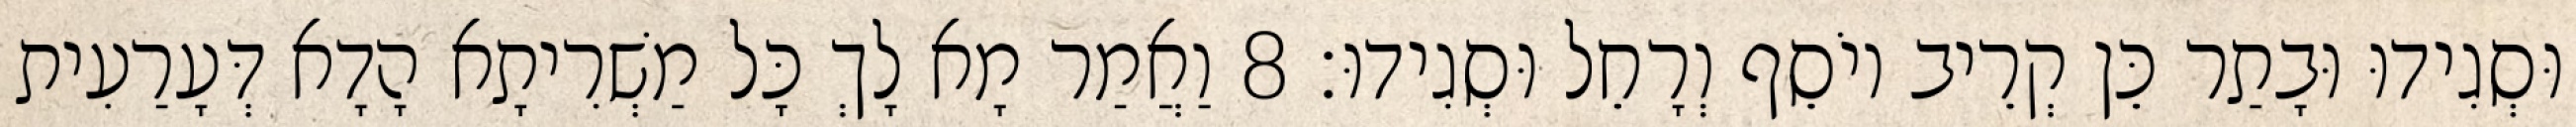
וּסְגִידוּ וּבָתַר כֵּן קְרֵיב יוֹסֵף וְרָחֵל וּסְגִידוּ׃ 8 וַאֲמַר מָא לָךְ כָּל מַשְׁרִיתָא הָדָא דְּעָרַעִית